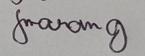
Signature authenticity: genuine